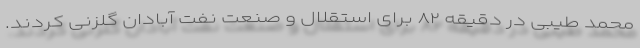
محمد طیبی در دقیقه ۸۲ برای استقلال و صنعت نفت آبادان گلزنی کردند.